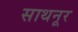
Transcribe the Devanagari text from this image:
साथनूर